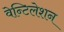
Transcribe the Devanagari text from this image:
वेन्टिलेशन